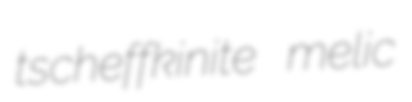
tscheffkinite melic